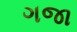
ગજા